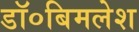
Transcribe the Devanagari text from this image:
डॉ०बिमलेश